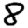
Digit: 8